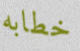
خطابه